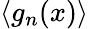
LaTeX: \langle g_{n}(x)\rangle